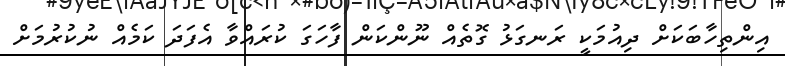
އިންތިހާބަކަށް ދިއުމަކީ ރަނގަޅު ގޮތެއް ނޫންކަން ފާހަގަ ކުރައްވާ އެފަދަ ކަމެއް ނުކުރުމަށް